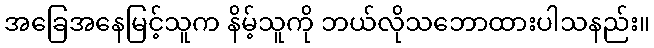
အခြေအနေမြင့်သူက နိမ့်သူကို ဘယ်လိုသဘောထားပါသနည်း။